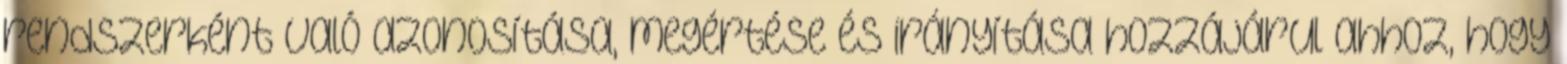
rendszerként való azonosítása, megértése és irányítása hozzájárul ahhoz, hogy